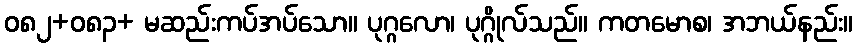
ဝ၈၂+၀၈၃+ မဆည်းကပ်အပ်သော။ ပုဂ္ဂလော၊ ပုဂ္ဂိုလ်သည်။ ကတမောစ၊ အဘယ်နည်း။